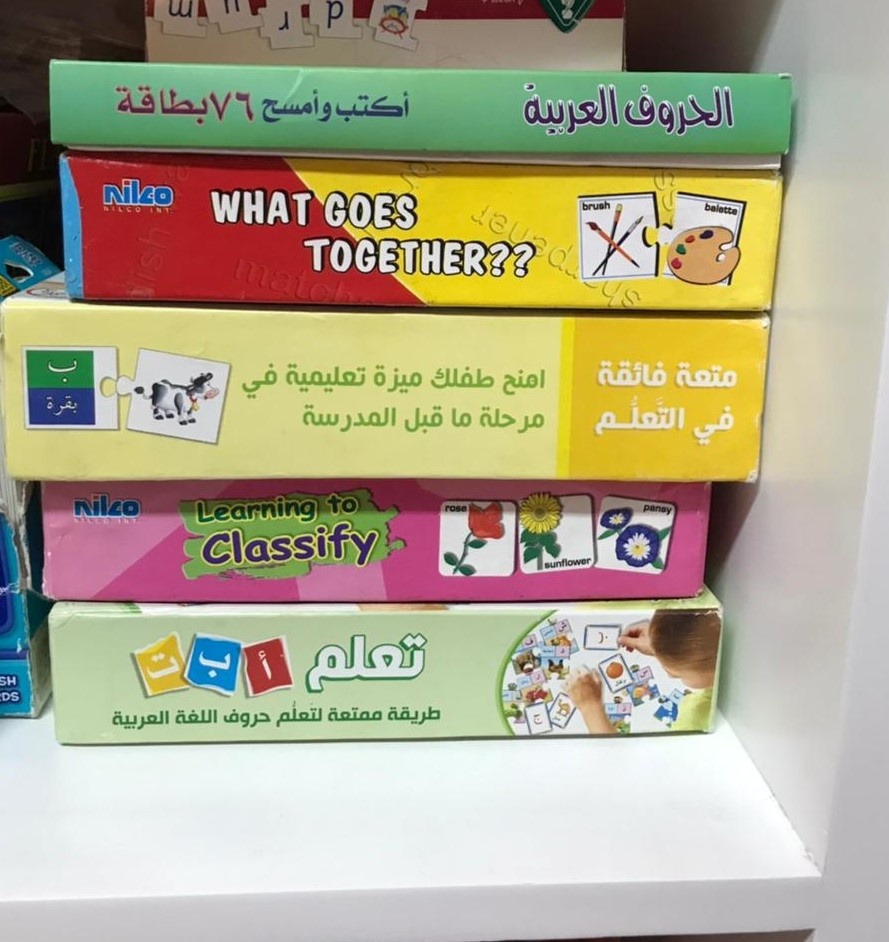
Text in image: 76بطاقة وأمسح أكتب الحروف العربية ب فائقة متعة طفلك تعليمية ميزة في امنح بقرة التعلم ما المدرسة مرحلة قبل في تعلم ب أ ت ممتعة طريقة لتعلم اللغة حروف العربية Niko WHAT GOES TOGETHER?? to Niko Learning Classify